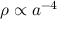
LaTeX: \rho \propto a ^ { - 4 }